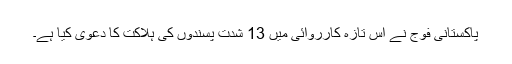
پاکستانی فوج نے اس تازہ کارروائی میں 13 شدت پسندوں کی ہلاکت کا دعویٰ کیا ہے۔